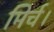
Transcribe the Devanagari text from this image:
मिर्च।